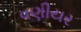
વણીયર